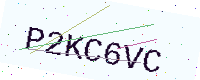
Text: P2KC6VC